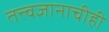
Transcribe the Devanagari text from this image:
तत्त्वज्ञानाचीही